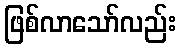
ဖြစ်လာသော်လည်း